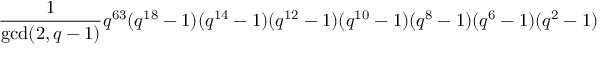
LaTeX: { \frac { 1 } { \mathrm { g c d } ( 2 , q - 1 ) } } q ^ { 6 3 } ( q ^ { 1 8 } - 1 ) ( q ^ { 1 4 } - 1 ) ( q ^ { 1 2 } - 1 ) ( q ^ { 1 0 } - 1 ) ( q ^ { 8 } - 1 ) ( q ^ { 6 } - 1 ) ( q ^ { 2 } - 1 )